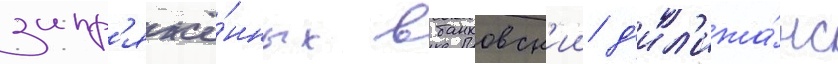
запр'яжё́нных в банковск'ии д'ил'ижа́нс